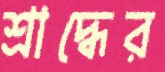
শ্রাদ্ধের